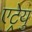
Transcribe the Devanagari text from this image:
एट्रेयु